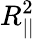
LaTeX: R_{||}^{2}